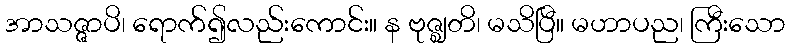
အာသဇ္ဇာပိ၊ ရောက်၍လည်းကောင်း။ န ဗုဇ္ဈတိ၊ မသိပြီ။ မဟာပည၊ ကြီးသော